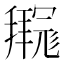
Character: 𫹊